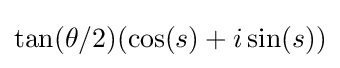
\tan(\theta /2)(\cos(s)+i\sin(s))